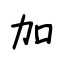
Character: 加